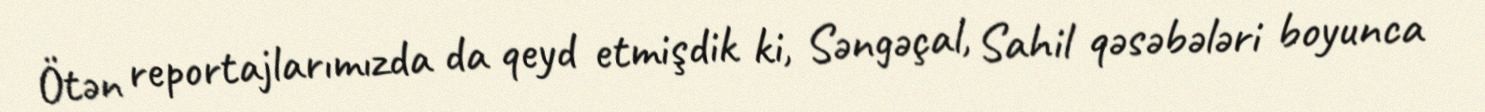
Ötən reportajlarımızda da qeyd etmişdik ki, Səngəçal, Sahil qəsəbələri boyunca